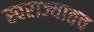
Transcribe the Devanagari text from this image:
स्वराज्यातच